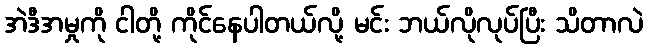
အဲဒီအမှုကို ငါတို့ ကိုင်နေပါတယ်လို့ မင်း ဘယ်လိုလုပ်ပြီး သိတာလဲ